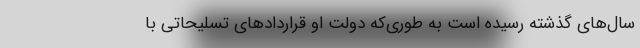
سال‌های گذشته رسیده است به طوری‌که دولت او قراردادهای تسلیحاتی با